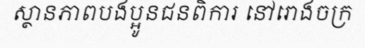
ស្ថានភាពបងប្អូនជនពិការ នៅរោងចក្រ